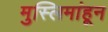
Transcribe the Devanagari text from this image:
मुस्लिमांहून